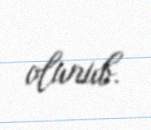
olunub.